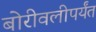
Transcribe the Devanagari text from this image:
बोरीवलीपर्यंत